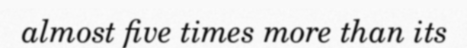
almost five times more than its